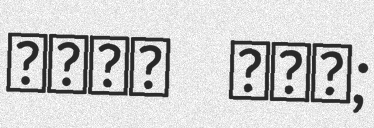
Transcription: ריקי גאי;